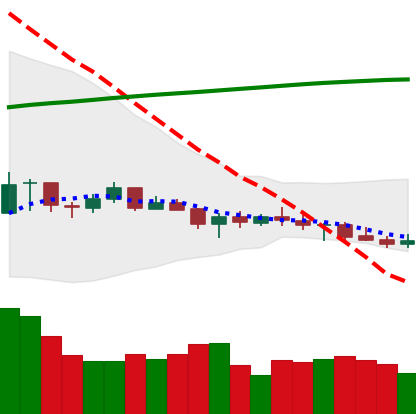
Ticker: XRP-USD
Chart end date: 2021-07-18
Forward return: 3.623%
Label: up_3_5